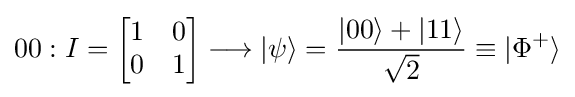
00:I={\begin{bmatrix}1&0\\0&1\end{bmatrix}}\longrightarrow |\psi \rangle ={\frac {|00\rangle +|11\rangle }{\sqrt {2}}}\equiv |{\Phi ^{+}}\rangle